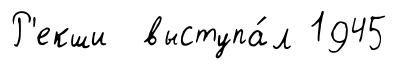
Р'екши выступа́л 1945